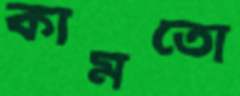
কামতো